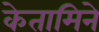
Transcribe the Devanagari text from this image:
केतामिने